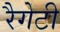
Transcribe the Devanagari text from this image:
रैगेटी